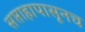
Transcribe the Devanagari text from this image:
सप्ताहापासूनच